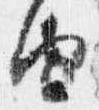
由